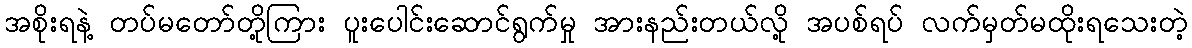
အစိုးရနဲ့ တပ်မတော်တို့ကြား ပူးပေါင်းဆောင်ရွက်မှု အားနည်းတယ်လို့ အပစ်ရပ် လက်မှတ်မထိုးရသေးတဲ့